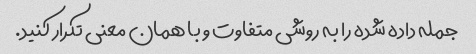
جمله داده شده را به روشی متفاوت و با همان معنی تکرار کنید.